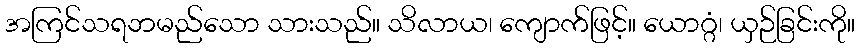
အကြင်သရဘမည်သော သားသည်။ သိလာယ၊ ကျောက်ဖြင့်။ ယောဂ္ဂံ၊ ယှဉ်ခြင်းကို။